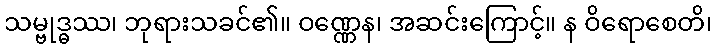
သမ္ဗုဒ္ဓဿ၊ ဘုရားသခင်၏။ ဝဏ္ဏေန၊ အဆင်းကြောင့်။ န ဝိရောစေတိ၊